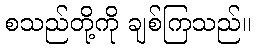
စသည်တို့ကို ချစ်ကြသည်။